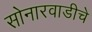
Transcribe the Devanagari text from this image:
सोनारवाडीचे